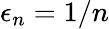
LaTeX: \epsilon_{n}=1/n